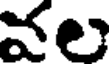
వల